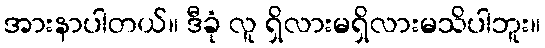
အားနာပါတယ်။ ဒီခုံ လူ ရှိလားမရှိလားမသိပါဘူး။